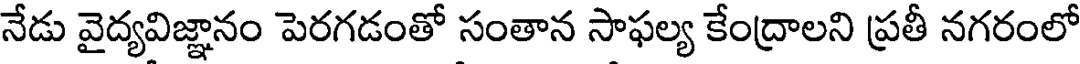
నేడు వైద్యవిజ్ఞానం పెరగడంతో సంతాన సాఫల్య కేంద్రాలని ప్రతీ నగరంలో